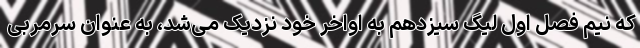
که نیم فصل اول لیگ سیزدهم به اواخر خود نزدیک می‌شد، به عنوان سرمربی